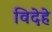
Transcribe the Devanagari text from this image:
विदेहे